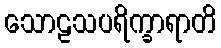
သောဠသပရိက္ခာရာတိ